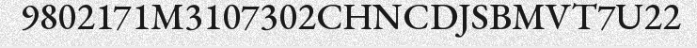
9802171M3107302CHNCDJSBMVT7U22